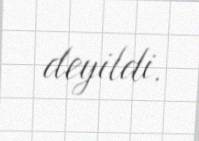
deyildi.